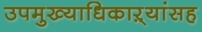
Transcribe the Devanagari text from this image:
उपमुख्याधिकाऱ्यांसह